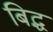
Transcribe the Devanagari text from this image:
बिद्ध